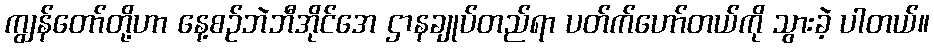
ကျွန်တော်တို့ဟာ နေ့စဉ်ဘဲဘီအိုင်အေ ဌာနချုပ်တည်ရာ ပတ်က်ဟော်တယ်ကို သွားခဲ့ ပါတယ်။